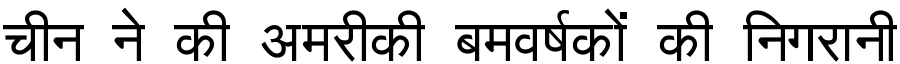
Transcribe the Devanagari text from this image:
चीन ने की अमरीकी बमवर्षकों की निगरानी